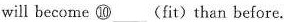
will become ⑩___(fit)than before.